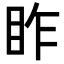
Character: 𥅁